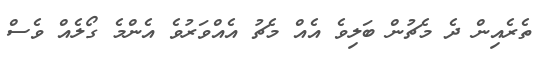
ތެރެއިން ދެ މެޗުން ބަލިވެ އެއް މެޗު އެއްވަރުވެ އެންމެ ގޯލެއް ވެސް